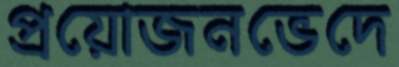
প্রয়োজনভেদে